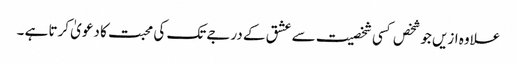
علاوہ ازیں جو شخص کسی شخصیت سے عشق کے درجے تک کی محبت کا دعویٰ کرتا ہے ۔